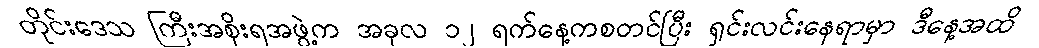
တိုင်းဒေသ ကြီးအစိုးရအဖွဲ့က အခုလ ၁၂ ရက်နေ့ကစတင်ပြီး ရှင်းလင်းနေရာမှာ ဒီနေ့အထိ